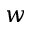
w